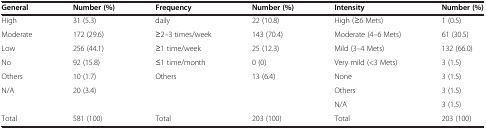
<table><thead><tr><td><b>General</b></td><td><b>Number (%)</b></td><td><b>Frequency</b></td><td><b>Number (%)</b></td><td><b>Intensity</b></td><td><b>Number (%)</b></td></tr></thead><tbody><tr><td>High</td><td>31 (5.3)</td><td>daily</td><td>22 (10.8)</td><td>High (≥6 Mets)</td><td>1 (0.5)</td></tr><tr><td>Moderate</td><td>172 (29.6)</td><td>≥2–3 times/week</td><td>143 (70.4)</td><td>Moderate (4–6 Mets)</td><td>61 (30.5)</td></tr><tr><td>Low</td><td>256 (44.1)</td><td>≥1 time/week</td><td>25 (12.3)</td><td>Mild (3–4 Mets)</td><td>132 (66.0)</td></tr><tr><td>No</td><td>92 (15.8)</td><td>≤1 time/month</td><td>0 (0)</td><td>Very mild (&lt;3 Mets)</td><td>3 (1.5)</td></tr><tr><td>Others</td><td>10 (1.7)</td><td>Others</td><td>13 (6.4)</td><td>None</td><td>3 (1.5)</td></tr><tr><td>N/A</td><td>20 (3.4)</td><td>[EMPTY_CELL]</td><td>[EMPTY_CELL]</td><td>Others</td><td>3 (1.5)</td></tr><tr><td>[EMPTY_CELL]</td><td>[EMPTY_CELL]</td><td>[EMPTY_CELL]</td><td>[EMPTY_CELL]</td><td>N/A</td><td>3 (1.5)</td></tr><tr><td>Total</td><td>581 (100)</td><td>Total</td><td>203 (100)</td><td>Total</td><td>203 (100)</td></tr></tbody></table>